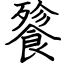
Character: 餮